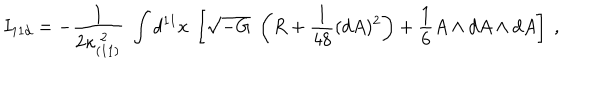
I _ { 1 1 d } = - { \frac { 1 } { 2 \kappa _ { ( 1 1 ) } ^ { \ 2 } } } \; \int d ^ { 1 1 } x \ \left[ \sqrt { - G } \; \left( R + { \frac { 1 } { 4 8 } } ( d A ) ^ { 2 } \right) + { \frac { 1 } { 6 } } A \wedge d A \wedge d A \right] \ ,